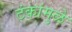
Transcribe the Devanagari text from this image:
टंकांमुळे